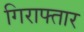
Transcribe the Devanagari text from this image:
गिराफ्तार